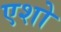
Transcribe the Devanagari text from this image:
एशो